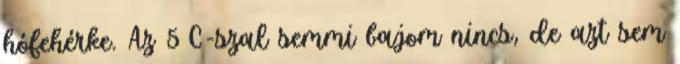
hófehérke. Az 5°C-szal semmi bajom nincs, de azt sem